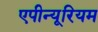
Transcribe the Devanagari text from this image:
एपीन्यूरियम